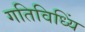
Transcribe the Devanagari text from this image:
गतिविध्यिं